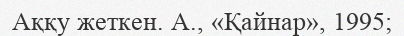
Аққу жеткен. А., «Қайнар», 1995;